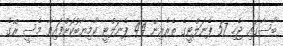
ބާސާގައި ޖެހި 57 ޕެނަލްޓީގެ ތެރެއިން 44 ޕެނަލްޓީ ކާމިޔާބުކޮށްފައިވާ މެސީ ރޭގެ